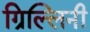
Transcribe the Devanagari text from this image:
ग्रिल्लिनी